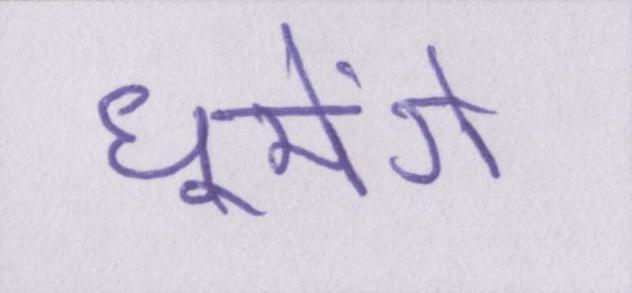
घूमेंगे